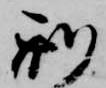
刑